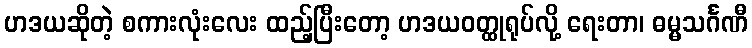
ဟဒယဆိုတဲ့ စကားလုံးလေး ထည့်ပြီးတော့ ဟဒယဝတ္ထုရုပ်လို့ ရေးတာ၊ ဓမ္မသင်္ဂဏီ